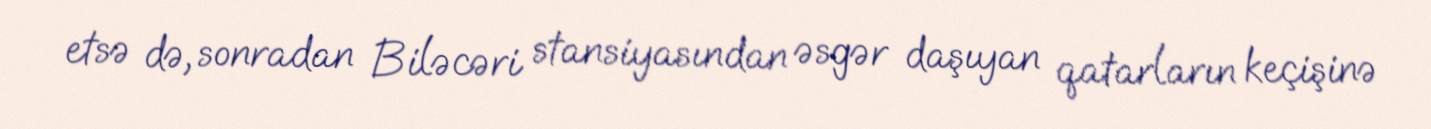
etsə də, sonradan Biləcəri stansiyasından əsgər daşıyan qatarların keçişinə